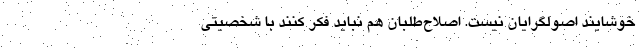
خوشایند اصولگرایان نیست. اصلاح‌طلبان هم نباید فکر کنند با شخصیتی